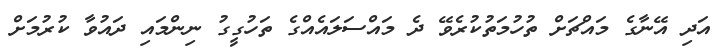
އަދި އޭނާގެ މައްޗަށް ތުހުމަތުކުރެވޭ ދެ މައްސަލައެއްގެ ތަހުގީގު ނިންމައި ދައުވާ ކުރުމަށް